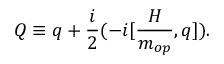
Q \equiv q + \frac { i } { 2 } ( - i [ \frac { { \cal H } } { m _ { o p } } , q ] ) .